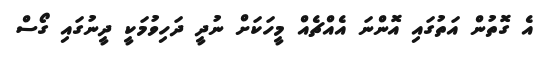
އެ ގޮތުން އަތުގައި އޮންނަ އެއްޗެއް މީހަކަށް ނުދީ ދަހިވުމަކީ ދީނުގައި ގޯސް